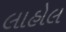
લાહોલ